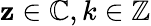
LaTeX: \mathbf{z}\in\mathbb{{C}},k\in\mathbb{{Z}}